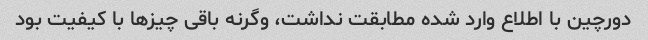
دورچین با اطلاع وارد شده مطابقت نداشت، وگرنه باقی چیزها با کیفیت بود